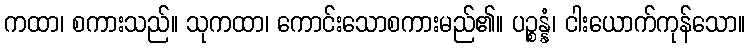
ကထာ၊ စကားသည်။ သုကထာ၊ ကောင်းသောစကားမည်၏။ ပဉ္စန္နံ၊ ငါးယောက်ကုန်သော။